Report of the King Institute of Preventive Medicine, Guindy
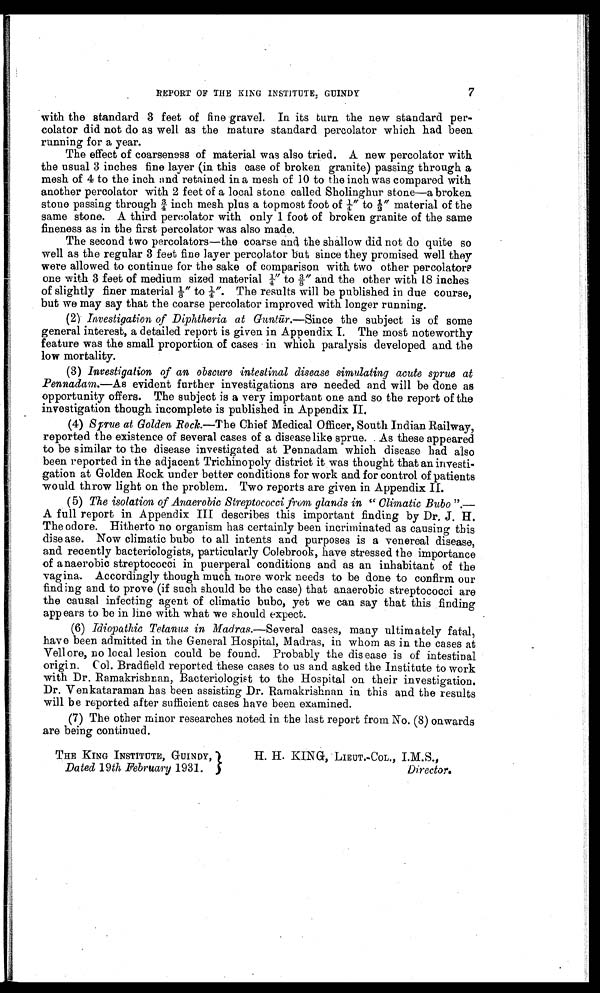
7
REPORT OF THE KING INSTITUTE, GUINDY
with the standard 3 feet of fine gravel. In its turn the new standard per
-colator did not do as well as the mature standard percolator which had been
running for a year.
The effect of coarseness of material was also tried. A new percolator with
the usual 3 inches fine layer (in this case of broken granite) passing through a
mesh of 4 to the inch and retained in a mesh of 10 to the inch was compared with
another percolator with 2 feet of a local stone called Sholinghur stone—a broken
stone passing through ¾ inch mesh plus a topmost foot of ¼" to ½" material of the
same stone. A third percolator with only 1 foot of broken granite of the same
fineness as in the first percolator was also made.
The second two percolators—the coarse and the shallow did not do quite so
well as the regular 3 feet fine layer percolator but since they promised well they
were allowed to continue for the sake of comparison with two other percolators
one with 3 feet of medium sized material ¼" to ⅜ " and the other with 18 inches
of slightly finer material ⅛ " t o ¼ " . T h e r e s u l t s w i l l b e p u b l i s h e d i n d u e c o u r s e ,
but we may say that the coarse percolator improved with longer running.
(2)
Investigation of Diphtheria at Gunt ū r.–Since the subject is of some
general interest, a detailed report is given in Appendix I. The most noteworthy
feature was the small proportion of cases in which paralysis developed and the
low mortality.
(3)
Investigation of an obscure intestinal disease simulating acute sprue at
Pennadam.—As evident further investigations are needed and will be done as
opportunity offers. The subject is a very important one and so the report of the
investigation though incomplete is published in Appendix II.
(4)
Sprue at Golden Rock.— The Chief Medical Officer, South Indian Railway,
reported the existence of several cases of a disease like sprue. As these appeared
to be similar to the disease investigated at Pennadam which disease had also
been reported in the adjacent Trichinopoly district it was thought that an investi
- g a t i o n a t G o l d e n R o c k u n d e r b e t t e r c o n d i t i o n s f o r w o r k a n d f o r c o n t r o l o f p a t i e n t s
would throw light on the problem. Two reports are given in Appendix II.
(5)
The isolation of Anaerobic Streptococci from glands in "Climatic Bubo" .—-
A full report in Appendix III describes this important finding by Dr. J. H.
The odore. Hitherto no organism has certainly been incriminated as causing this
disease. Now climatic bubo to all intents and purposes is a venereal disease,
and recently bacteriologists, particularly Colebrook, have stressed the importance
of anaerobic streptococci in puerperal conditions and as an inhabitant of the
vagina. Accordingly though much more work needs to be done to confirm our
finding and to prove (if such should be the case) that anaerobic streptococci are
the causal infecting agent of climatic bubo, yet we can say that this finding
appears to be in line with what we should expect.
(6)
Idiopathic Tetanus in Madras .—Several cases, many ultimately fatal,
have been admitted in the General Hospital, Madras, in whom as in the cases at
Vellore, no local lesion could be found. Probably the disease is of intestinal
origin. Col. Bradfield reported these cases to us and asked the Institute to work
with Dr. Ramakrishnan, Bacteriologist to the Hospital on their investigation.
Dr. Venkataraman has been assisting Dr. Ramakrishnan in this and the results
will be reported after sufficient cases have been examined.
(7) The other minor researches noted in the last report from No. (8) onwards
are being continued.
THE KING INSTITUTE, GUINDY,
Dated 19 th February 1931.
H. H. KING, LIEUT.-COL., I.M.S.,
Director.